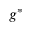
g ^ { * }